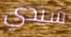
سيدي